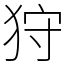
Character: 狩